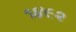
૧૪૯૨